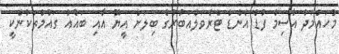
މުހައްމަދު އާސިމް ފުޑް އެންޑް ޓްރެވަލްއަބުރުގެ ބިލަށް އީޔޫ އާއި ބައެއް ގައުމުތަކުންކީ